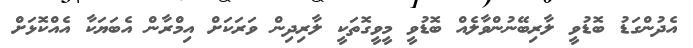
އެދުންގަޑު ބޮޑުވީ ލާރިބޭނުންވާލެއް ބޮޑުވީ މީވީގޮތަކީ ލާރިދިން ވަރަކަށް އިމްރާން އެބަޔަކާ އެއްކޮޅަށް